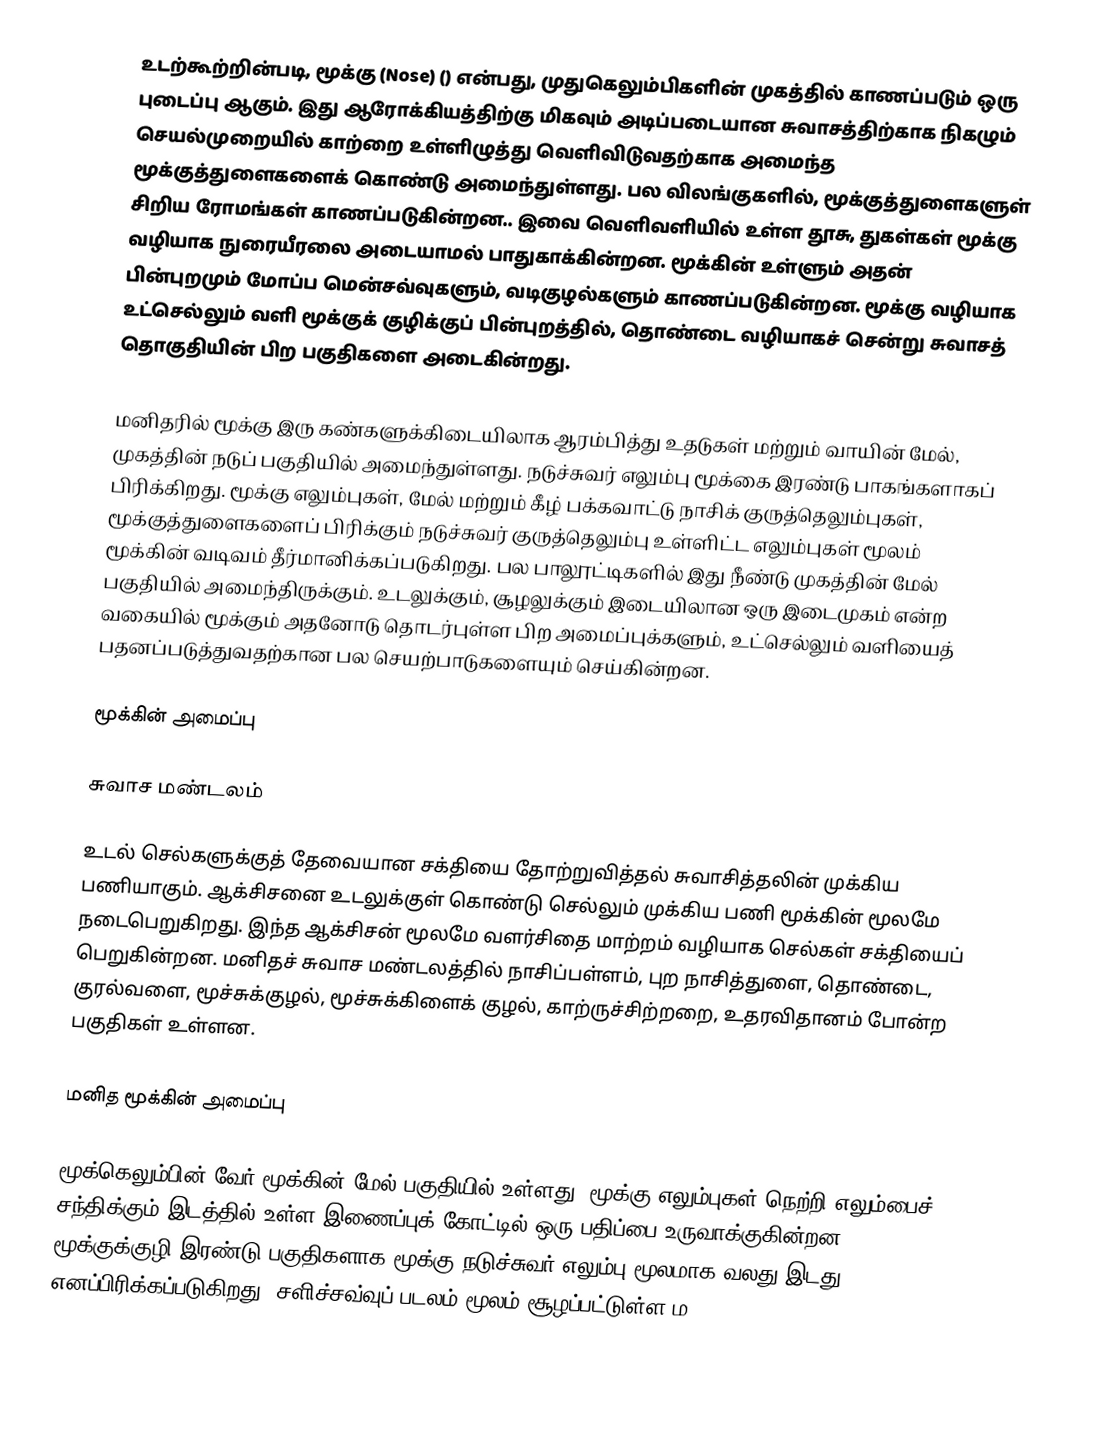
உடற்கூற்றின்படி, மூக்கு (Nose) () என்பது, முதுகெலும்பிகளின் முகத்தில் காணப்படும் ஒரு புடைப்பு ஆகும். இது ஆரோக்கியத்திற்கு மிகவும் அடிப்படையான சுவாசத்திற்காக நிகழும் செயல்முறையில் காற்றை உள்ளிழுத்து வெளிவிடுவதற்காக அமைந்த மூக்குத்துளைகளைக் கொண்டு அமைந்துள்ளது. பல விலங்குகளில், மூக்குத்துளைகளுள் சிறிய ரோமங்கள் காணப்படுகின்றன.. இவை வெளிவளியில் உள்ள தூசு, துகள்கள் மூக்கு வழியாக நுரையீரலை அடையாமல் பாதுகாக்கின்றன. மூக்கின் உள்ளும் அதன் பின்புறமும் மோப்ப மென்சவ்வுகளும், வடிகுழல்களும் காணப்படுகின்றன. மூக்கு வழியாக உட்செல்லும் வளி மூக்குக் குழிக்குப் பின்புறத்தில், தொண்டை வழியாகச் சென்று சுவாசத் தொகுதியின் பிற பகுதிகளை அடைகின்றது.

மனிதரில் மூக்கு இரு கண்களுக்கிடையிலாக ஆரம்பித்து உதடுகள் மற்றும் வாயின் மேல், முகத்தின் நடுப் பகுதியில் அமைந்துள்ளது. நடுச்சுவர் எலும்பு மூக்கை இரண்டு பாகங்களாகப் பிரிக்கிறது. மூக்கு எலும்புகள், மேல் மற்றும் கீழ் பக்கவாட்டு நாசிக் குருத்தெலும்புகள், மூக்குத்துளைகளைப் பிரிக்கும் நடுச்சுவர் குருத்தெலும்பு உள்ளிட்ட எலும்புகள் மூலம் மூக்கின் வடிவம் தீர்மானிக்கப்படுகிறது.  பல பாலூட்டிகளில் இது நீண்டு முகத்தின் மேல் பகுதியில் அமைந்திருக்கும். உடலுக்கும், சூழலுக்கும் இடையிலான ஒரு இடைமுகம் என்ற வகையில் மூக்கும் அதனோடு தொடர்புள்ள பிற அமைப்புக்களும், உட்செல்லும் வளியைத் பதனப்படுத்துவதற்கான பல செயற்பாடுகளையும் செய்கின்றன.

மூக்கின் அமைப்பு

சுவாச மண்டலம்

உடல் செல்களுக்குத் தேவையான சக்தியை தோற்றுவித்தல் சுவாசித்தலின் முக்கிய பணியாகும். ஆக்சிசனை உடலுக்குள் கொண்டு செல்லும் முக்கிய பணி மூக்கின் மூலமே நடைபெறுகிறது. இந்த ஆக்சிசன் மூலமே வளர்சிதை மாற்றம் வழியாக செல்கள் சக்தியைப் பெறுகின்றன. மனிதச் சுவாச மண்டலத்தில் நாசிப்பள்ளம், புற நாசித்துளை, தொண்டை, குரல்வளை, மூச்சுக்குழல், மூச்சுக்கிளைக் குழல், காற்ருச்சிற்றறை, உதரவிதானம் போன்ற பகுதிகள் உள்ளன.

மனித மூக்கின் அமைப்பு

மூக்கெலும்பின் வேர் மூக்கின் மேல் பகுதியில் உள்ளது, மூக்கு எலும்புகள் நெற்றி எலும்பைச் சந்திக்கும் இடத்தில் உள்ள இணைப்புக் கோட்டில் ஒரு பதிப்பை உருவாக்குகின்றன. மூக்குக்குழி இரண்டு பகுதிகளாக மூக்கு நடுச்சுவர் எலும்பு மூலமாக வலது இடது எனப்பிரிக்கப்படுகிறது. சளிச்சவ்வுப் படலம் மூலம் சூழப்பட்டுள்ள ம